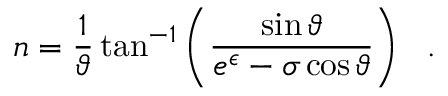
n = \frac { 1 } { \vartheta } \tan ^ { - 1 } \left( \frac { \sin \vartheta } { e ^ { \epsilon } - \sigma \cos \vartheta } \right) \ \ .